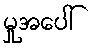
မှုအပေါ်